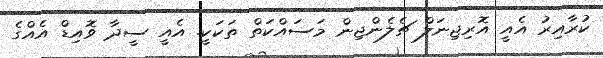
ކުރާއިރު އެއީ އޮރިޖިނަލް ޗެލެންޖިން މަސައްކަތް ތަކަކީ. އެއީ ސީދާ ވޮއިޑް އެއްގެ